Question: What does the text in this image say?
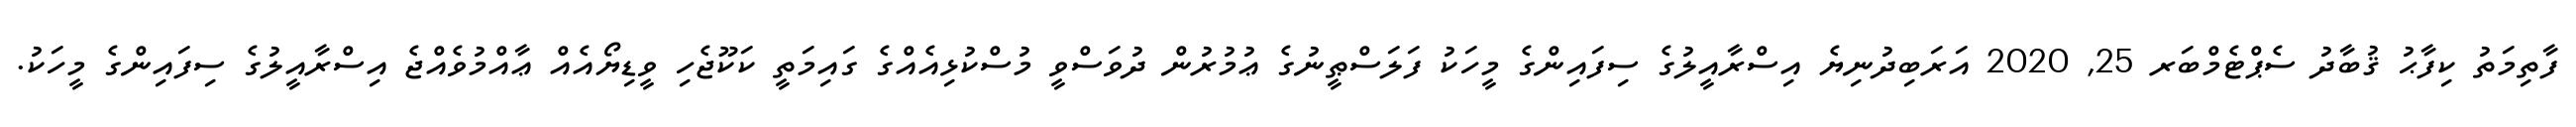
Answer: ފާތިމަތު ކިފާޙު ޤުބާދު ސެޕްޓެމްބަރ 25, 2020 އަރަބިދުނިޔެ އިސްރާއީލުގެ ސިފައިންގެ މީހަކު ފަލަސްޠީނުގެ ޢުމުރުން ދުވަސްވީ މުސްކުޅިއެއްގެ ގައިމަތީ ކަކޫޖެހި ވީޑިޔޯއެއް ޢާއްމުވެއްޖެ އިސްރާއީލުގެ ސިފައިންގެ މީހަކު.